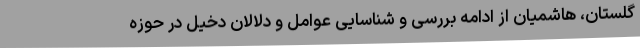
گلستان، هاشمیان از ادامه بررسی و شناسایی عوامل و دلالان دخیل در حوزه